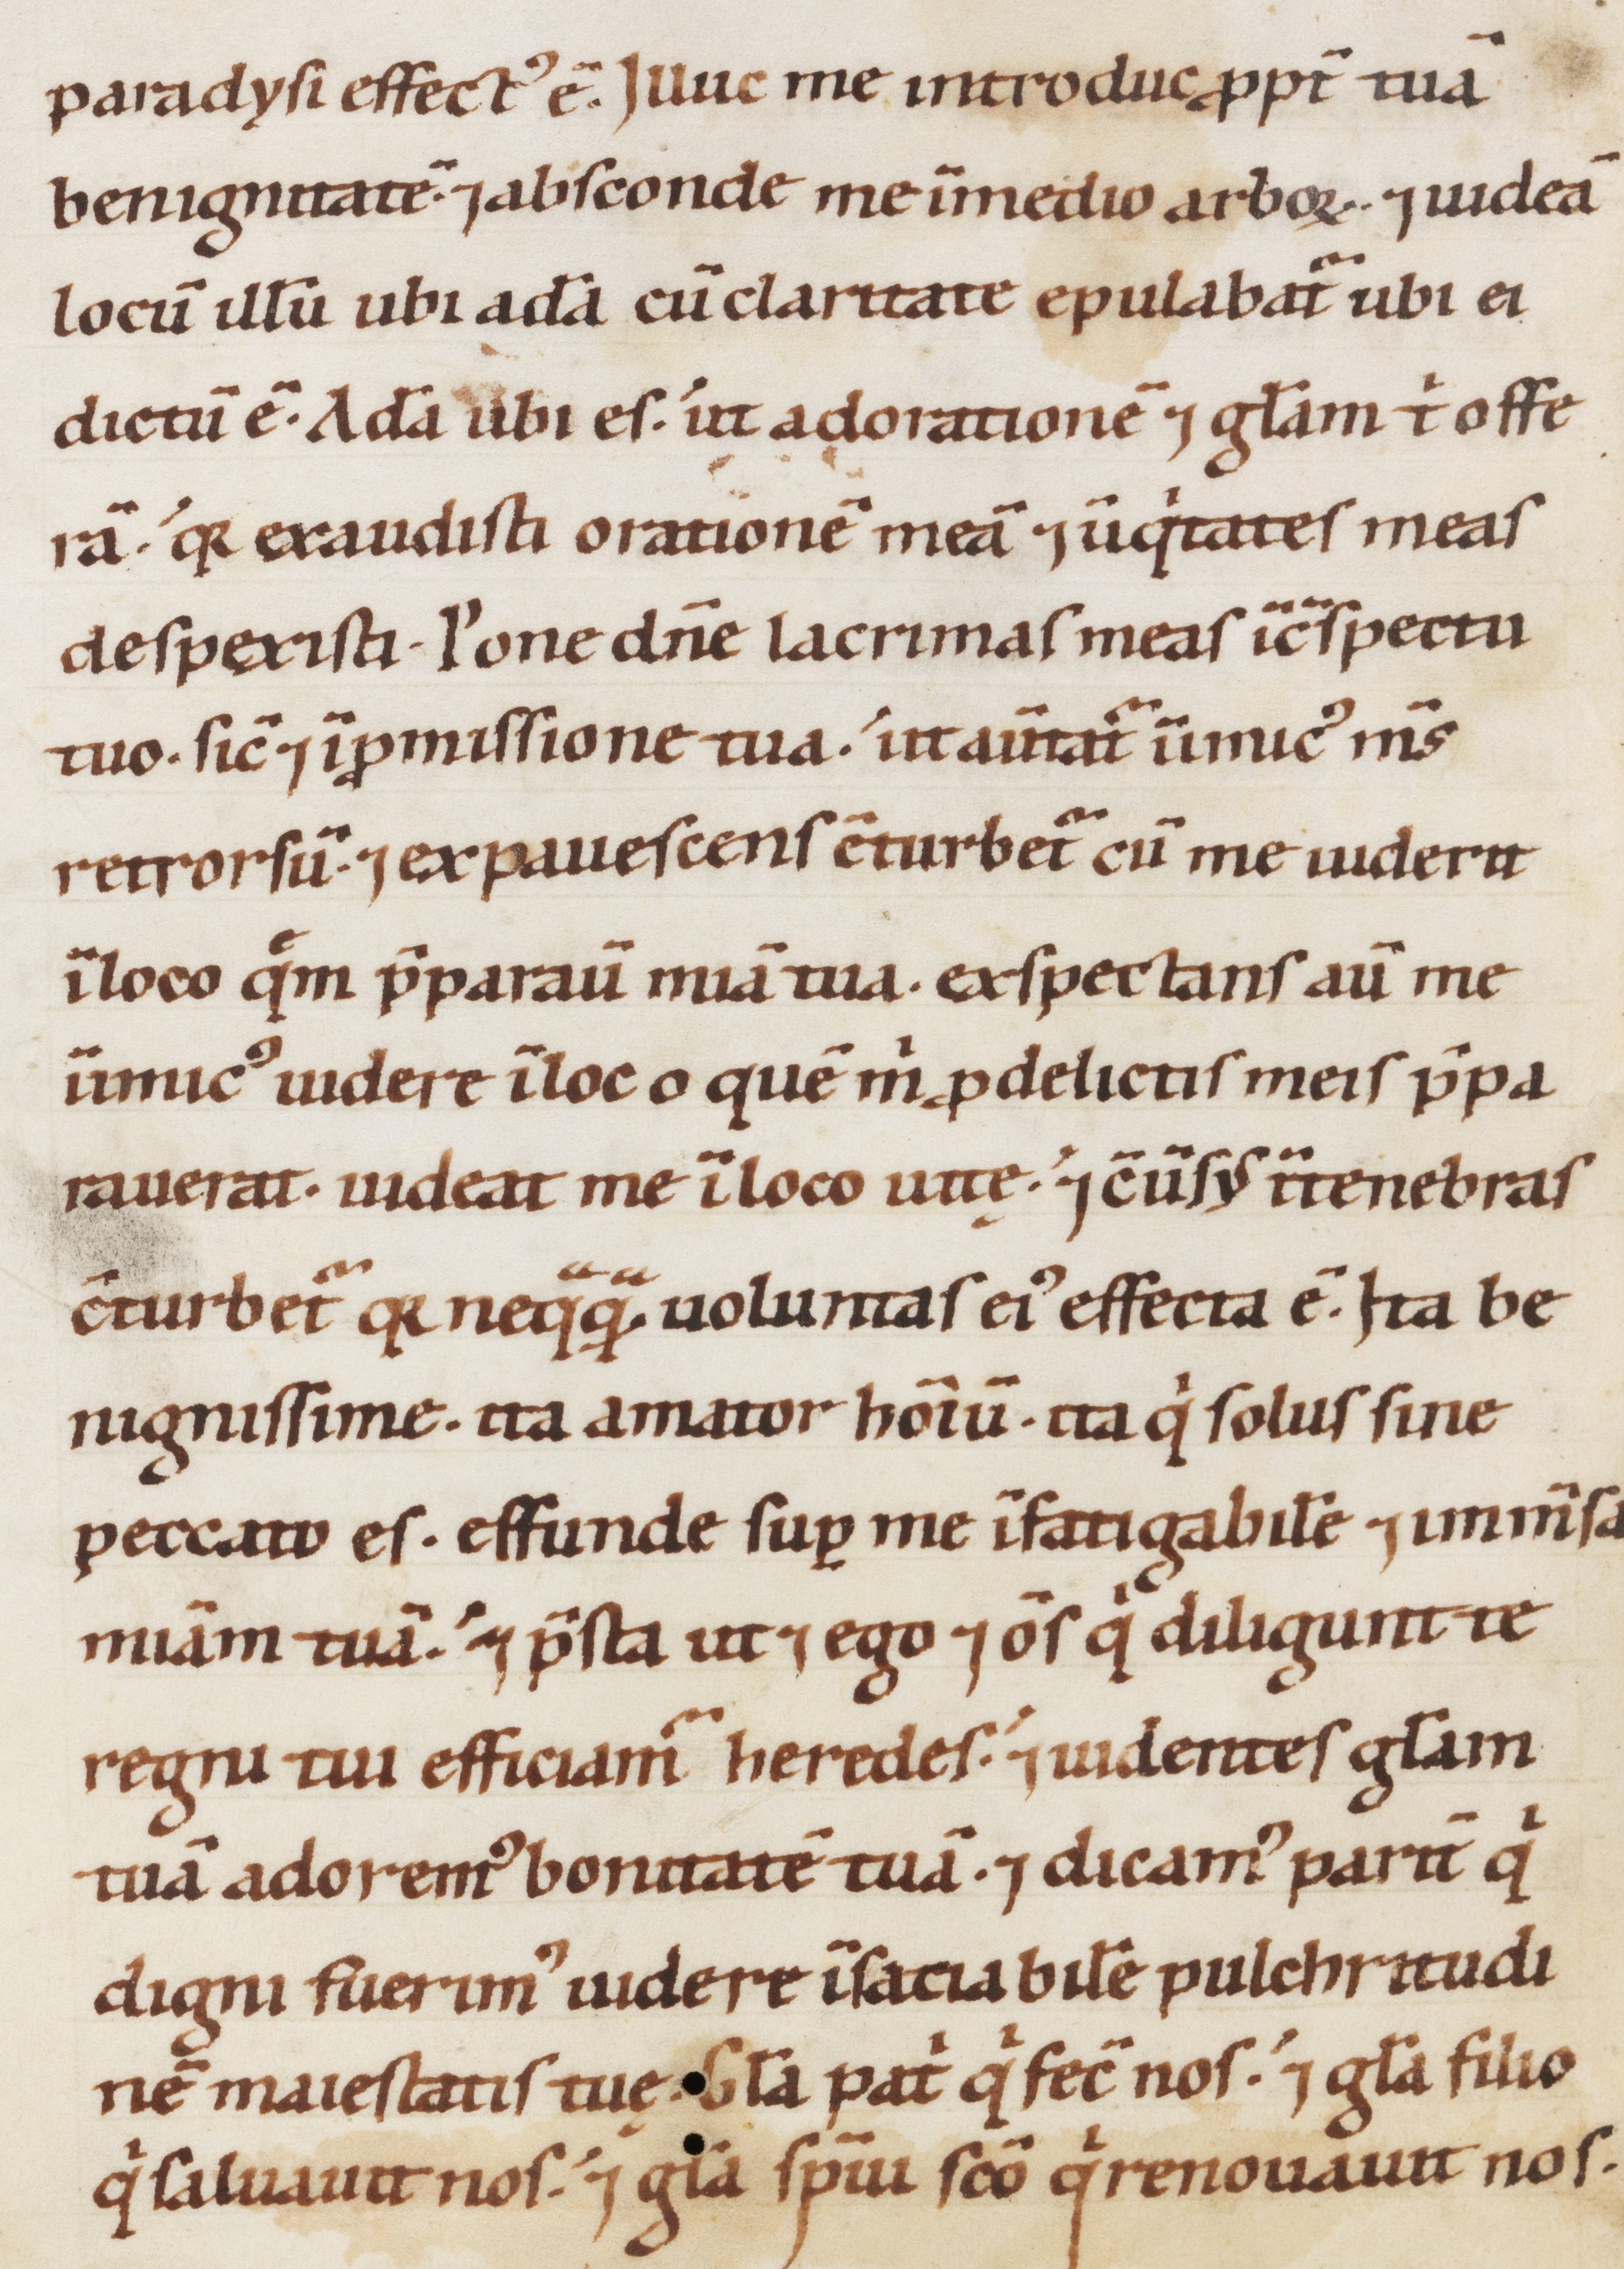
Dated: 1100–1199